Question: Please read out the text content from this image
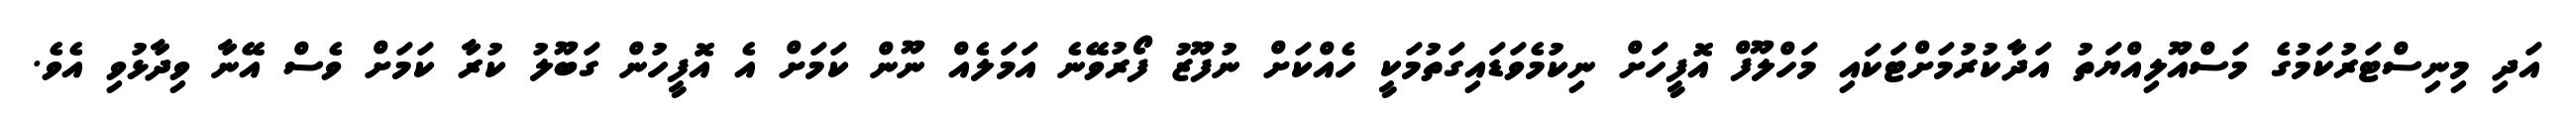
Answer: އަދި މިނިސްޓަރުކަމުގެ މަސްއޫލިއްޔަތު އަދާކުރުމަށްޓަކައި މަހްލޫފް އޮފީހަށް ނިކުމެވަޑައިގަތުމަކީ ހެއްކަށް ނުފޫޒު ފޯރުވޭނެ އަމަލެއް ނޫން ކަމަށް އެ އޮފީހުން ގަބޫލު ކުރާ ކަމަށް ވެސް އޭނާ ވިދާޅުވި އެވެ.